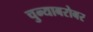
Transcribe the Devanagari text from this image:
चुन्याबरोबर